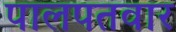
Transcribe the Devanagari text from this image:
पालपतवार